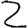
Digit: 2